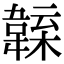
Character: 𩏁